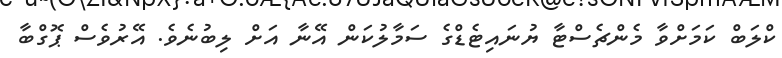
ކްލަބް ކަމަށްވާ މެންޗެސްޓާ ޔުނައިޓެޑްގެ ސަމާލުކަން އޭނާ އަށް ލިބުނެވެ. އޭރުވެސް ޕޮގްބާ